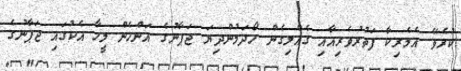
ކުރެވޭ އެމެރިކާ ފަތުރުވެރިއާއި ގެއްލިގެން ހޯދަމުންދިޔަ ޖަޕާނުގެ އަންހެން މީހާ އެކުގައި ޖަޕާނުގެ